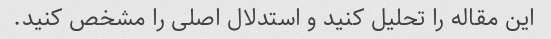
این مقاله را تحلیل کنید و استدلال اصلی را مشخص کنید.